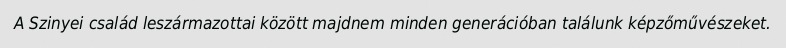
A Szinyei család leszármazottai között majdnem minden generációban találunk képzőművészeket.